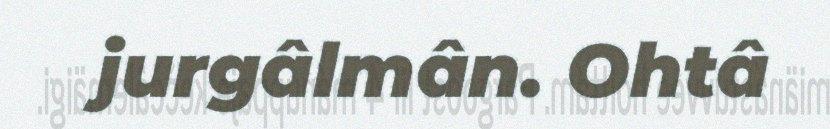
jurgâlmân. Ohtâ